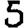
Digit: 5